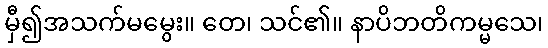
မှီ၍အသက်မမွေး။ တေ၊ သင်၏။ နာပိဘတိကမ္မသေ၊